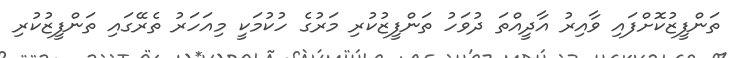
ތަންފީޒުކޮށްފައި ވާއިރު އާދީއްތަ ދުވަހު ތަންފީޒުކުރި މަރުގެ ހުކުމަކީ މިއަހަރު ތެރޭގައި ތަންފީޒުކުރި